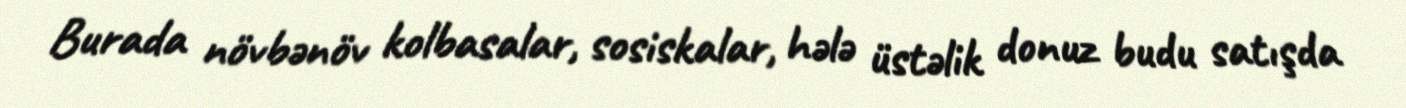
Burada növbənöv kolbasalar, sosiskalar, hələ üstəlik donuz budu satışda